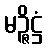
မဉ္ဇိဋ္ဌံ